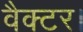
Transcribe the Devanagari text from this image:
वैक्टर।